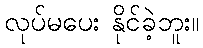
လုပ်မပေး နိုင်ခဲ့ဘူး။